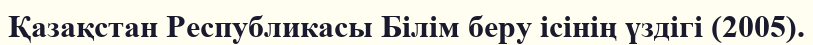
Қазақстан Республикасы Білім беру ісінің үздігі (2005).